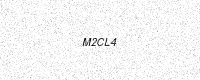
Text: M2CL4